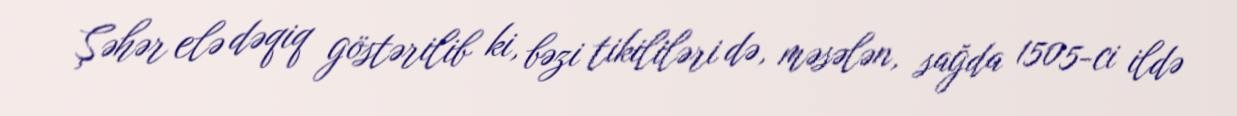
Şəhər elə dəqiq göstərilib ki, bəzi tikililəri də, məsələn, sağda 1505-ci ildə